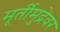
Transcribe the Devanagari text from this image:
मूर्तीमुद्रेवर